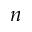
n